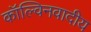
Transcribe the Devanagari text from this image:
कॉल्विनवादीय